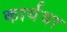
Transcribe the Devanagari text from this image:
कार्यवा